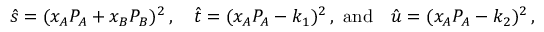
\hat { s } = ( x _ { A } P _ { A } + x _ { B } P _ { B } ) ^ { 2 } \, , \quad \hat { t } = ( x _ { A } P _ { A } - k _ { 1 } ) ^ { 2 } \, , \, \, \mathrm { a n d } \quad \hat { u } = ( x _ { A } P _ { A } - k _ { 2 } ) ^ { 2 } \, ,